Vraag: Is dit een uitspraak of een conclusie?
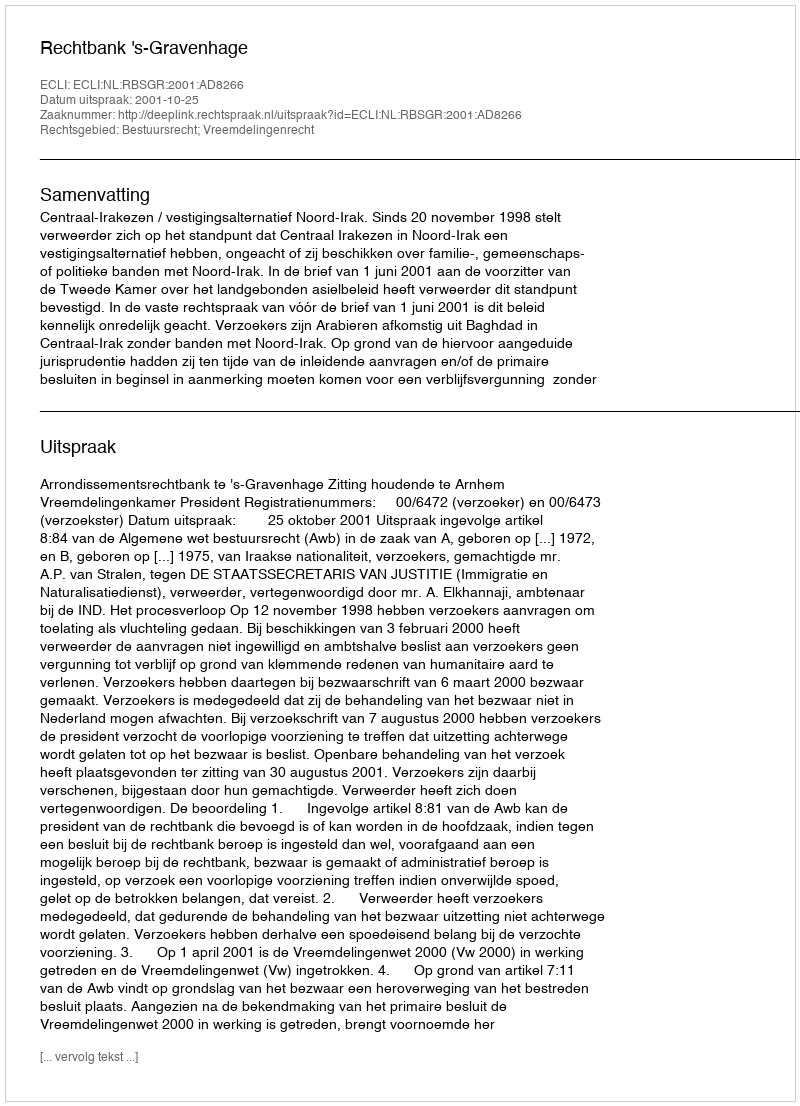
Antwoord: Uitspraak